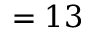
= 1 3